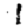
Digit: 1